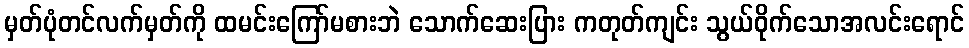
မှတ်ပုံတင်လက်မှတ်ကို ထမင်းကြော်မစားဘဲ သောက်ဆေးပြား ကတုတ်ကျင်း သွယ်ဝိုက်သောအလင်းရောင်